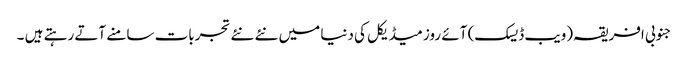
جنوبی افریقہ(ویب ڈیسک) آئے روز میڈیکل کی دنیا میں نئے نئے تجربات سامنے آتے رہتے ہیں ۔